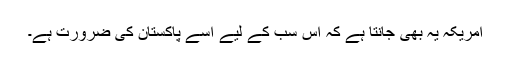
امریکہ یہ بھی جانتا ہے کہ اس سب کے لیے اسے پاکستان کی ضرورت ہے۔